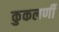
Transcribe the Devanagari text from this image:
कुकलर्णी